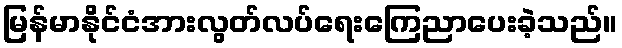
မြန်မာနိုင်ငံအားလွတ်လပ်ရေးကြေညာပေးခဲ့သည်။